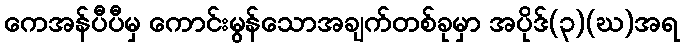
ကေအန်ပီပီမှ ကောင်းမွန်သောအချက်တစ်ခုမှာ အပိုဒ်(၃)(ဃ)အရ